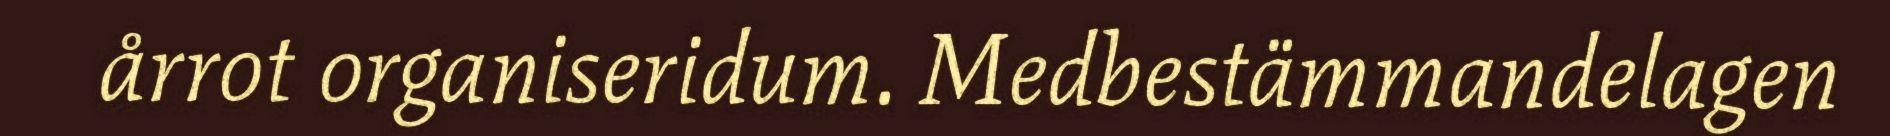
årrot organiseridum. Medbestämmandelagen